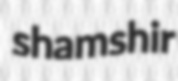
shamshir